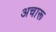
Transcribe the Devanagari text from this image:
अचारू